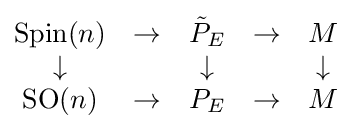
{\begin{matrix}\operatorname {Spin} (n)&\to &{\tilde {P}}_{E}&\to &M\\\downarrow &&\downarrow &&\downarrow \\\operatorname {SO} (n)&\to &P_{E}&\to &M\end{matrix}}